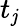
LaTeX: t_{\mathit{j}}